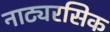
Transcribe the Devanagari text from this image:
नाट्यरसिक